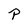
Character: P